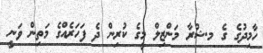
ހާމިދުގެ ގެ މ.ޝުރާ މަންޒިލް މީގެ ކުރިން ދެ ފަހަރެއްގެ މަތިން ވަނީ